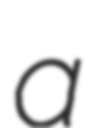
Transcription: a